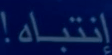
إنتباه!